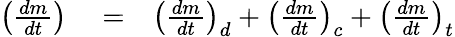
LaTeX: \begin{array}{rlr}{\left(\frac{dm}{dt}\right)}&{{}=}&{\left(\frac{dm}{dt}\right)_{d}+\left(\frac{dm}{dt}\right)_{c}+\left(\frac{dm}{dt}\right)_{t}}\end{array}